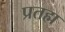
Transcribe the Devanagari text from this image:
प्रतह्म